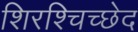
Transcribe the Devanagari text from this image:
शिरश्चिच्छेद